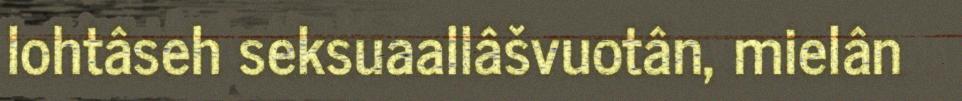
lohtâseh seksuaallâšvuotân, mielân